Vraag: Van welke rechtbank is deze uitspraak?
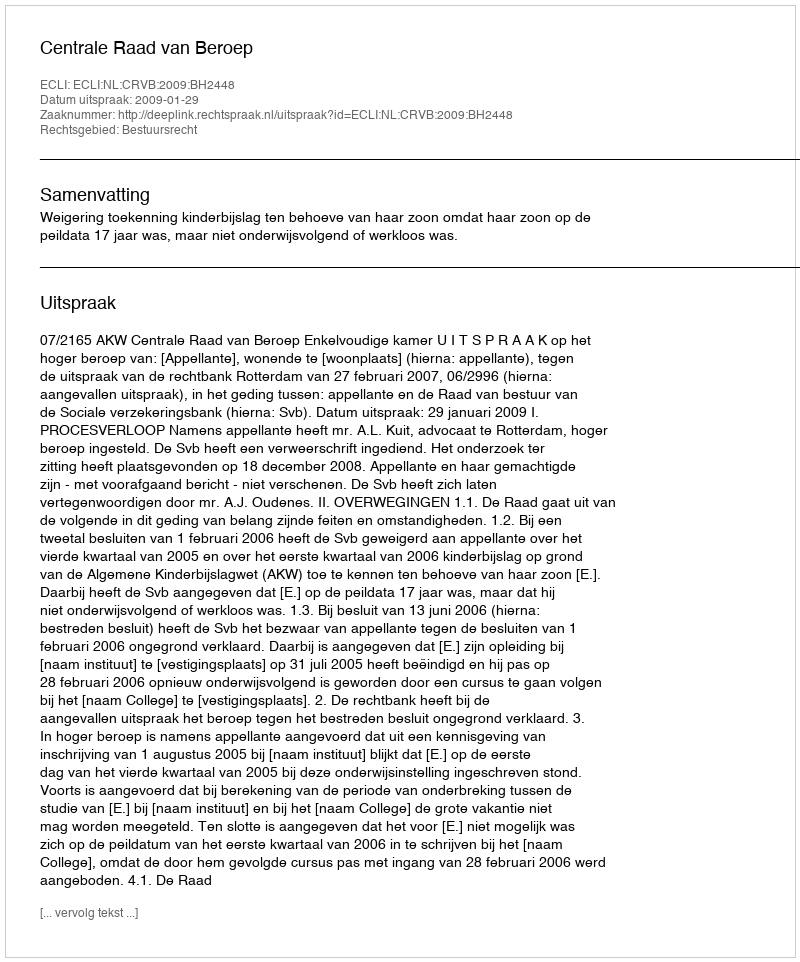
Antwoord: Centrale Raad van Beroep